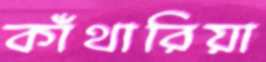
কাঁথারিয়া